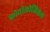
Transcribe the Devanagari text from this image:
फोनोलोजिकल